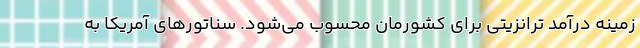
زمینه درآمد ترانزیتی برای کشورمان محسوب می‌شود. سناتورهای آمریکا به